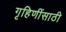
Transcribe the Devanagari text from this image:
गृहिणींसाठी